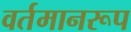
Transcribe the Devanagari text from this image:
वर्तमानरूप